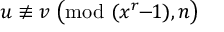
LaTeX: u \not \equiv v \; { \bigl ( } { \mathrm { m o d ~ } } ( x ^ { r } \! \! - \! \! 1 ) , n { \bigr ) }